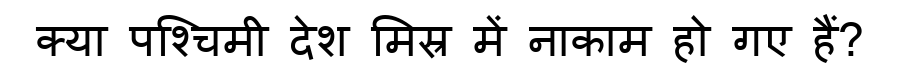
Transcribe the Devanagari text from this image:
क्या पश्चिमी देश मिस्र में नाकाम हो गए हैं?